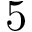
5